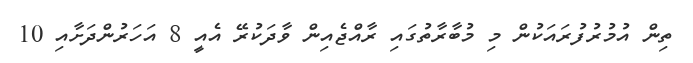
ތިން އުމުރުފުރައަކުން މި މުބާރާތުގައި ރާއްޖެއިން ވާދަކުރޭ އެއީ 8 އަހަރުންދަށާއި 10